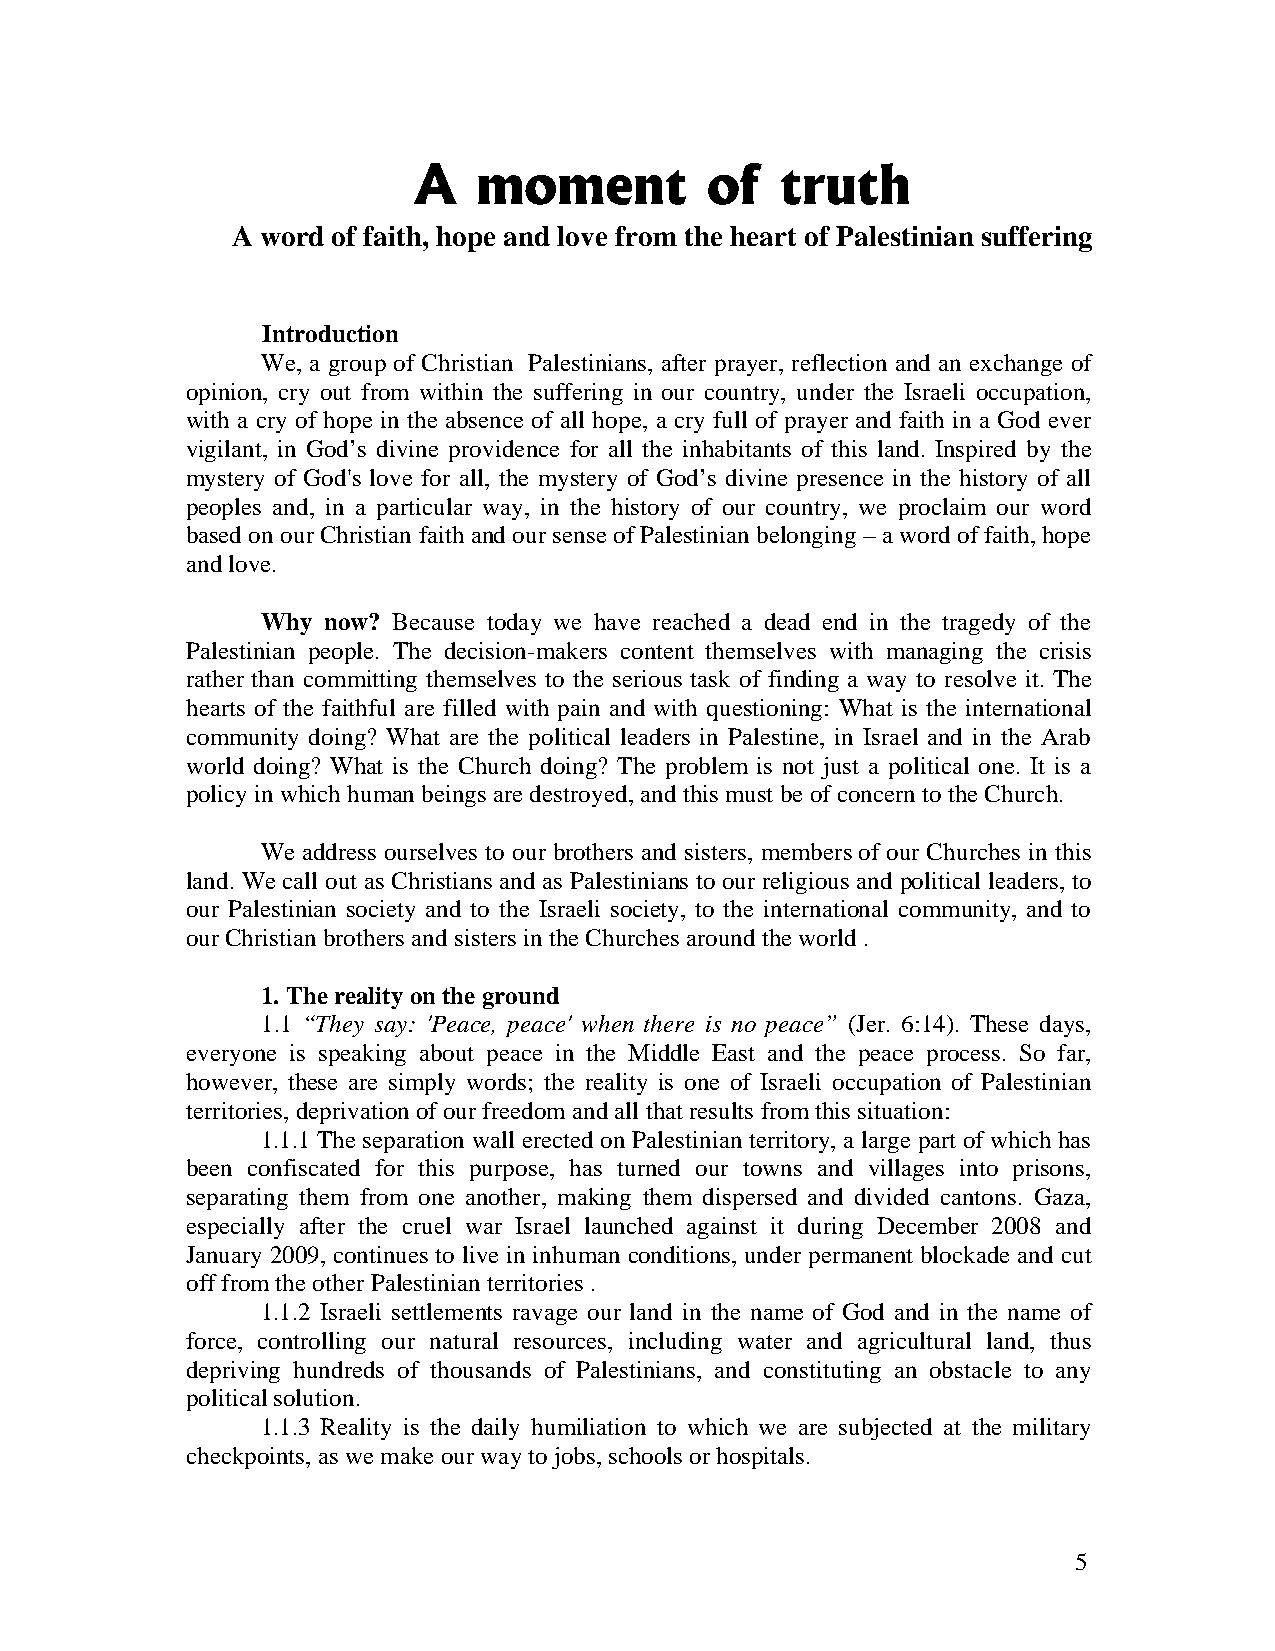
A    moment         of   truth
 A word of faith, hope and love from the heart of Palestinian suffering
 Introduction
 We, a group of Christian Palestinians, after prayer, reflection and an exchange of
 opinion, cry out from within the suffering in our country, under the Israeli occupation,
 with a cry of hope in the absence of all hope, a cry full of prayer and faith in a God ever
 vigilant, in God’s divine providence for all the inhabitants of this land. Inspired by the
 mystery of God's love for all, the mystery of God’s divine presence in the history of all
 peoples and, in a particular way, in the history of our country, we proclaim our word
 based on our Christian faith and our sense of Palestinian belonging – a word of faith, hope
 and love.
 Why now? Because today we have reached a dead end in the tragedy of the
 Palestinian people. The decision-makers content themselves with managing the crisis
 rather than committing themselves to the serious task of finding a way to resolve it. The
 hearts of the faithful are filled with pain and with questioning: What is the international
 community doing? What are the political leaders in Palestine, in Israel and in the Arab
 world doing? What is the Church doing? The problem is not just a political one. It is a
 policy in which human beings are destroyed, and this must be of concern to the Church.
 We address ourselves to our brothers and sisters, members of our Churches in this
 land. We call out as Christians and as Palestinians to our religious and political leaders, to
 our Palestinian society and to the Israeli society, to the international community, and to
 our Christian brothers and sisters in the Churches around the world .
 1. The reality on the ground
 1.1 “They say: 'Peace, peace' when there is no peace” (Jer. 6:14). These days,
 everyone is speaking about peace in the Middle East and the peace process. So far,
 however, these are simply words; the reality is one of Israeli occupation of Palestinian
 territories, deprivation of our freedom and all that results from this situation:
 1.1.1 The separation wall erected on Palestinian territory, a large part of which has
 been confiscated for this purpose, has turned our towns and villages into prisons,
 separating them from one another, making them dispersed and divided cantons. Gaza,
 especially after the cruel war Israel launched against it during December 2008 and
 January 2009, continues to live in inhuman conditions, under permanent blockade and cut
 off from the other Palestinian territories .
 1.1.2 Israeli settlements ravage our land in the name of God and in the name of
 force, controlling our natural resources, including water and agricultural land, thus
 depriving hundreds of thousands of Palestinians, and constituting an obstacle to any
 political solution.
 1.1.3 Reality is the daily humiliation to which we are subjected at the military
 checkpoints, as we make our way to jobs, schools or hospitals.
 5